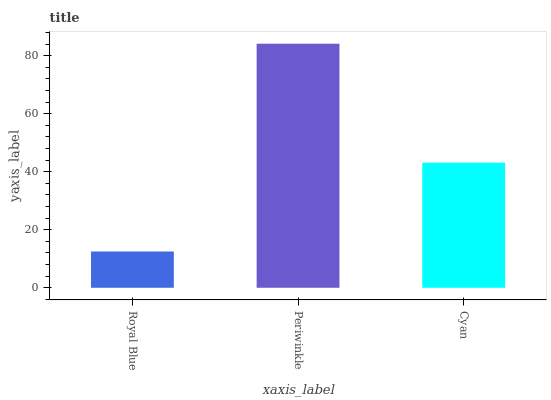
| xaxis_label | bars |
 | --- | --- |
 | Royal Blue | 12.5 |
 | Periwinkle | 84.1 |
 | Cyan | 43.1 |